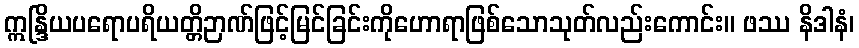
ဣန္ဒြိယပရောပရိယတ္တိဉာဏ်ဖြင့်မြင်ခြင်းကိုဟောရာဖြစ်သောသုတ်လည်းကောင်း။ ဖဿ နိဒါနံ၊